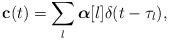
LaTeX: \begin{align*}\mathbf{c}(t)=\sum_{l}\boldsymbol{\alpha}[l]\delta(t-\tau_l),\end{align*}